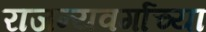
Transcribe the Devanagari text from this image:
राजन्यवर्गाच्या